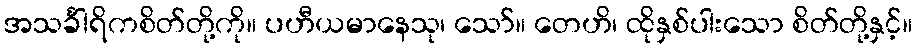
အသင်္ခါရိကစိတ်တို့ကို။ ပဟီယမာနေသု၊ သော်။ တေဟိ၊ ထိုနှစ်ပါးသော စိတ်တို့နှင့်။